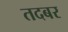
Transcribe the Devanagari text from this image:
तदबर